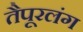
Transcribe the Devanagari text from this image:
तैपूरलंग